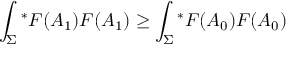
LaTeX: \int _ { \Sigma } { ^ \ast } F ( A _ { 1 } ) F ( A _ { 1 } ) \geq \int _ { \Sigma } { ^ \ast } F ( A _ { 0 } ) F ( A _ { 0 } )